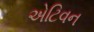
એટિવન